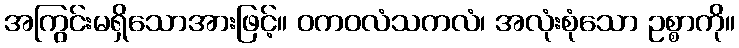
အကြွင်းမရှိသောအားဖြင့်။ ဝကဝလံသကလံ၊ အလုံးစုံသော ဥစ္စာကို။